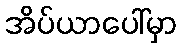
အိပ်ယာပေါ်မှာ